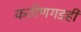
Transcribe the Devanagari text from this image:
कठीणगडही